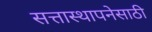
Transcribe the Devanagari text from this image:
सत्तास्थापनेसाठी